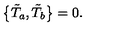
\bigl \{ \tilde { T } _ { a } , \tilde { T } _ { b } \bigr \} = 0 .